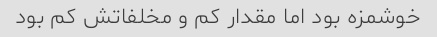
خوشمزه بود اما مقدار کم و مخلفاتش کم بود